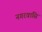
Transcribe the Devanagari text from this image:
नगरवासि